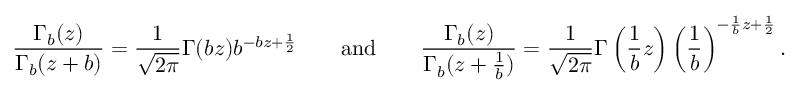
\frac { \Gamma _ { b } ( z ) } { \Gamma _ { b } ( z + b ) } = \frac { 1 } { \sqrt { 2 \pi } } \Gamma ( b z ) b ^ { - b z + \frac { 1 } { 2 } } \qquad \mathrm { a n d } \qquad \frac { \Gamma _ { b } ( z ) } { \Gamma _ { b } ( z + \frac { 1 } { b } ) } = \frac { 1 } { \sqrt { 2 \pi } } \Gamma \left( \frac { 1 } { b } z \right) \left( \frac { 1 } { b } \right) ^ { - \frac { 1 } { b } z + \frac { 1 } { 2 } } .